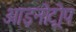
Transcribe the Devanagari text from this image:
आइनोट्रोप